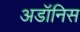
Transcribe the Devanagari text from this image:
अडॉनिस